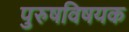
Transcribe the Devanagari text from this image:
पुरुषविषयक